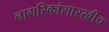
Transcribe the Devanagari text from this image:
नागरिकांसारखीच